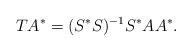
LaTeX: \begin{align*}T A^* = (S^* S)^{-1} S^* A A^*.\end{align*}